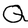
Character: Q